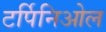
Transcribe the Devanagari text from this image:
टर्पिनिओल